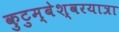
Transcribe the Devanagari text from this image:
कुटुम्बेश्वरयात्रा